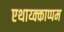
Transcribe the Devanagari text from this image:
एथाय्क्काप्पम